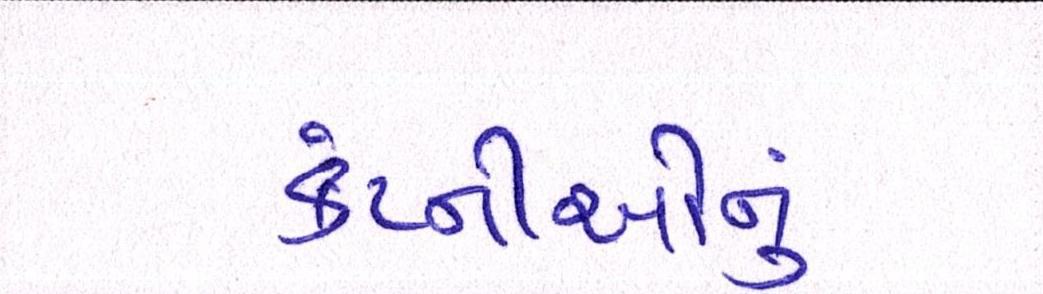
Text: કંપ્નીઓનું